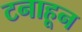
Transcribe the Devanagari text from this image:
टनाहून